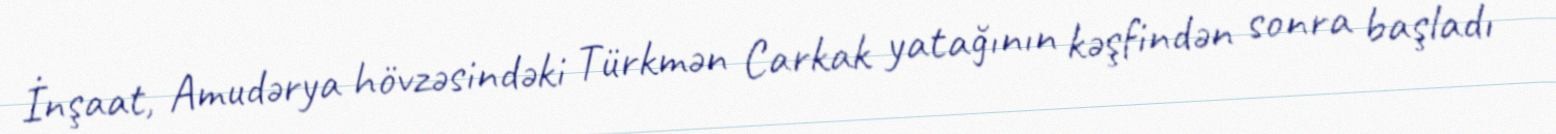
İnşaat, Amudərya hövzəsindəki Türkmən Carkak yatağının kəşfindən sonra başladı